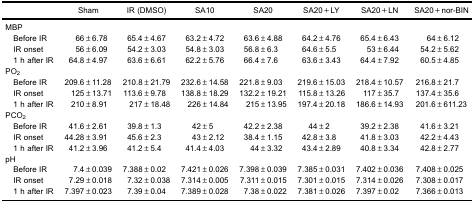
<table><thead><tr><td>[EMPTY_CELL]</td><td><b>Sham</b></td><td><b>IR (DMSO)</b></td><td><b>SA10</b></td><td><b>SA20</b></td><td><b>SA20+LY</b></td><td><b>SA20+LN</b></td><td><b>SA20+nor-BIN</b></td></tr></thead><tbody><tr><td colspan="8">MBP</td></tr><tr><td>Before IR</td><td>66±6.78</td><td>65.4±4.67</td><td>63.2±4.72</td><td>63.6±4.88</td><td>64.2±4.76</td><td>65.4±6.43</td><td>64±6.12</td></tr><tr><td>IR onset</td><td>56±6.09</td><td>54.2±3.03</td><td>54.8±3.03</td><td>56.8±6.3</td><td>64.6±5.5</td><td>53±6.44</td><td>54.2±5.62</td></tr><tr><td>1 h after IR</td><td>64.8±4.97</td><td>63.6±6.61</td><td>62.2±5.76</td><td>66.4±7.6</td><td>63.6±3.43</td><td>64.4±7.92</td><td>60.5±4.85</td></tr><tr><td colspan="8">PO<sub>2</sub></td></tr><tr><td>Before IR</td><td>209.6±11.28</td><td>210.8±21.79</td><td>232.6±14.58</td><td>221.8±9.03</td><td>219.6±15.03</td><td>218.4±10.57</td><td>216.8±21.7</td></tr><tr><td>IR onset</td><td>125±13.71</td><td>113.6±9.78</td><td>138.8±18.29</td><td>132.2±19.21</td><td>115.8±13.26</td><td>117±35.7</td><td>137.4±35.6</td></tr><tr><td>1 h after IR</td><td>210±8.91</td><td>217±18.48</td><td>226±14.84</td><td>215±13.95</td><td>197.4±20.18</td><td>186.6±14.93</td><td>201.6±611.23</td></tr><tr><td colspan="8">PCO<sub>2</sub></td></tr><tr><td>Before IR</td><td>41.6±2.61</td><td>39.8±1.3</td><td>42±5</td><td>42.2±2.38</td><td>44±2</td><td>39.2±2.38</td><td>41.6±3.21</td></tr><tr><td>IR onset</td><td>44.28±3.91</td><td>45.6±2.3</td><td>43±2.12</td><td>38.4±1.15</td><td>42.8±3.8</td><td>41.8±3.03</td><td>42.2±4.43</td></tr><tr><td>1 h after IR</td><td>41.2±3.96</td><td>41.2±5.4</td><td>41.4±4.03</td><td>44±3.32</td><td>43.4±2.89</td><td>40.8±3.34</td><td>42.8±2.77</td></tr><tr><td colspan="8">pH</td></tr><tr><td>Before IR</td><td>7.4±0.039</td><td>7.388±0.02</td><td>7.421±0.026</td><td>7.398±0.039</td><td>7.385±0.031</td><td>7.402±0.036</td><td>7.408±0.025</td></tr><tr><td>IR onset</td><td>7.29±0.018</td><td>7.32±0.038</td><td>7.314±0.005</td><td>7.311±0.015</td><td>7.301±0.015</td><td>7.314±0.026</td><td>7.308±0.017</td></tr><tr><td>1 h after IR</td><td>7.397±0.023</td><td>7.39±0.04</td><td>7.389±0.028</td><td>7.38±0.022</td><td>7.381±0.026</td><td>7.397±0.02</td><td>7.366±0.013</td></tr></tbody></table>